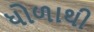
ધોળાથી